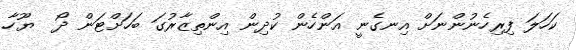
ކަހަލަ ފިރިހެނުންނަށް އިނގެނީ އަންހެން ކުދިން އިންތިޒާރުގަ ބަހަށްޓަން ދޯ  ޔޫހާ